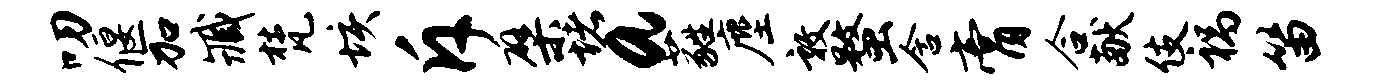
叨偃加臧梵垓斥檗堵a蕤麈敦蝥含膏合献伎祸笛